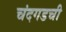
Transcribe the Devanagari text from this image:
चंदगडची